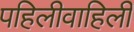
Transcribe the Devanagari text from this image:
पहिलीवाहिली